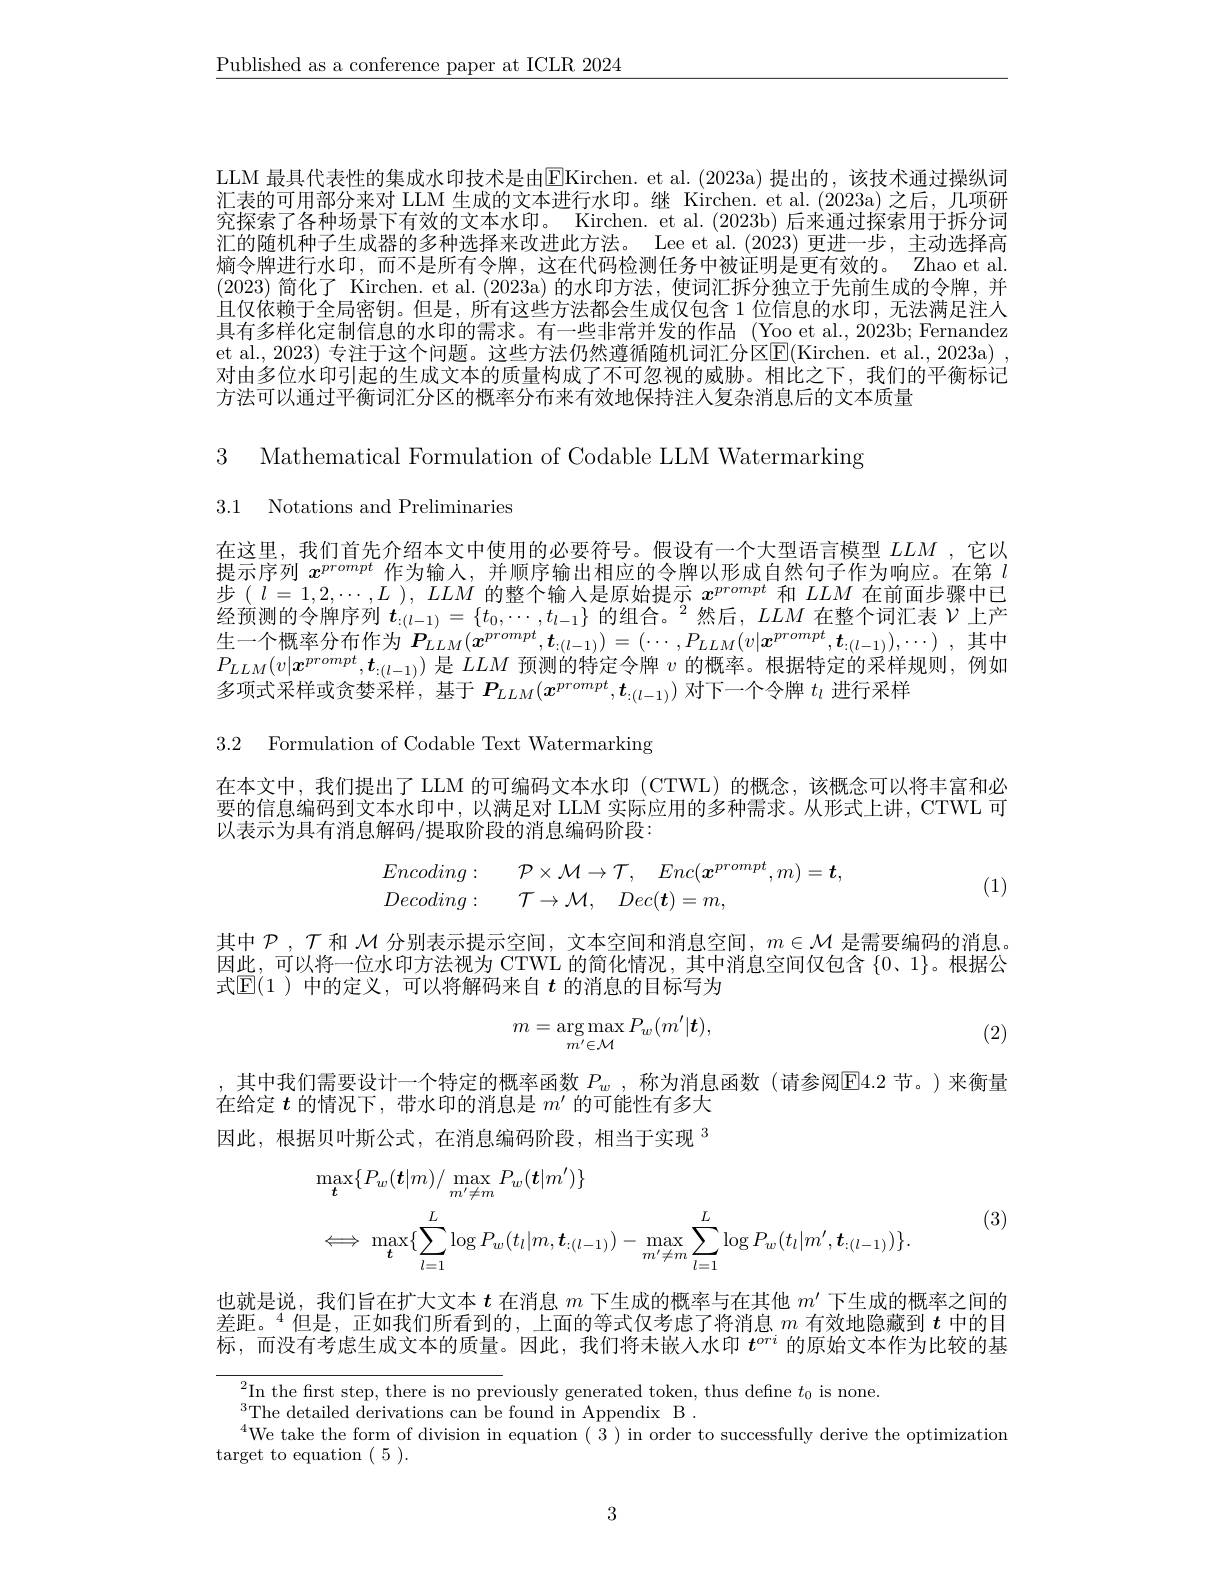
$\underline{\text{Published as a conference paper at ICLR 2024}}$

LLM 最具代表性的集成水印技术是由$\overline{\mathrm{E}}$Kirchen. et al.(2023a)提出的，该技术通过操纵词汇表的可用部分来对 LLM 生成的文本进行水印。继 Kirchen.et al.(2023a)之后，几项研究探索了各种场景下有效的文本水印。Kirchen. et al. (2023b) 后来通过探索用于拆分词汇的随机种子生成器的多种选择来改进此方法。Lee et al.(2023)更进一步，主动选择高熵令牌进行水印，而不是所有令牌，这在代码检测任务中被证明是更有效的。Zhao et al. (2023)简化了 Kirchen. et al.(2023a)的水印方法，使词汇拆分独立于先前生成的令牌，并且仅依赖于全局密钥。但是，所有这些方法都会生成仅包含 1 位信息的水印 ,无法满足注人具有多样化定制信息的水印的需求。有一些非常并发的作品 (Yoo et al.,2023b; Fernandez et al., 2023) 专注于这个问题。这些方法仍然遵循随机词汇分区$\boxed{\mathrm{E}}($Kirchen. et al., 2023a) , 对由多位水印引起的生成文本的质量构成了不可忽视的威胁。相比之下，我们的平衡标记方法可以通过平衡词汇分区的概率分布来有效地保持注入复杂消息后的文本质量

3 Mathematical Formulation of Codable LLM Watermarking

3.1 Notations and Preliminaries

在这里，我们首先介绍本文中使用的必要符号。假设有一个大型语言模型$LLM$ ,它以提示序列$x^{prompt}$作为输人，并顺序输出相应的令牌以形成自然句子作为响应。在第$l$ 步$(l=1,2,\cdots,L),LLM$的整个输入是原始提示 $x^{prompt}$ 和 $LLM$ 在前面步骤中已经预测的令牌序列$t_{:(l-1)}=\{t_0,\cdots,t_{l-1}\}\text{ 的组合。}^2$然后，$LLM$在整个词汇表$\mathcal{V}$上产生一个概率分布作为$P_LLM(\boldsymbol{x}^{prompt},\boldsymbol{t}_{:(l-1)})=(\cdots,P_{LLM}(v|\boldsymbol{x}^{prompt},\boldsymbol{t}_{:(l-1)}),\cdots)$,其中$P_{LLM}(v|x^{prompt},\boldsymbol{t}_{:(l-1)})$是$\dot LLM$预测的特定令牌$v$的概率。根据特定的采样规则，例如多项式采样或贪婪采样，基于$P_{LLM}(\boldsymbol{x}^{prompt},\boldsymbol{t}_{:(l-1)})$对下一个令牌$t_\iota$进行采样

3.2 Formulation of Codable Text Watermarking

在本文中，我们提出了 LLM 的可编码文本水印 (CTWL)的概念，该概念可以将丰富和必要的信息编码到文本水印中，以满足对 LLM 实际应用的多种需求。从形式上讲，CTWL 可以表示为具有消息解码/提取阶段的消息编码阶段：
$$\begin{array}{ll}Encoding:&\quad\mathcal{P}\times\mathcal{M}\to\mathcal{T},\quad Enc(\boldsymbol{x}^{prompt},m)=\boldsymbol{t},\\Decoding:&\quad\mathcal{T}\to\mathcal{M},\quad Dec(\boldsymbol{t})=m,\end{array}$$
(1)

其中$\mathcal{P},\mathcal{T}$和$\mathcal{M}$分别表示提示空间，文本空间和消息空间，$m\in\mathcal{M}$是需要编码的消息。因此，可以将一位水印方法视为 CTWL 的简化情况，其中消息空间仅包含$\{0$、1$\}$。根据公式$\mathbb{E}(1$ )中的定义，可以将解码来自 $t$ 的消息的目标写为
$$m=\underset{m'\in\mathcal{M}}{\arg\max}P_{w}(m'|\boldsymbol{t}),$$
(2)

,其中我们需要设计一个特定的概率函数$P_w$,称为消息函数(请参阅$\boxed{\mathrm{E}}4.2$节。)来衡量
在给定$t$的情况下，带水印的消息是$m^\prime$的可能性有多大因此，根据贝叶斯公式，在消息编码阶段，相当于实现$^{3}$

(3)
$$\begin{aligned}&\max_{\boldsymbol{t}}\{P_{w}(\boldsymbol{t}|m)/\max_{m^{\prime}\neq m}P_{w}(\boldsymbol{t}|m^{\prime})\}\\&\Longleftrightarrow\max_{\boldsymbol{t}}\{\sum_{l=1}^{L}\log P_{w}(t_{l}|m,\boldsymbol{t}_{:(l-1)})-\max_{m^{\prime}\neq m}\sum_{l=1}^{L}\log P_{w}(t_{l}|m^{\prime},\boldsymbol{t}_{:(l-1)})\}.\end{aligned}$$
也就是说，我们旨在扩大文本$t$在消息$m$下生成的概率与在其他$m^{\prime}$下生成的概率之间的差距。$^{4}$但是，正如我们所看到的，上面的等式仅考虑了将消息$m$有效地隐藏到$t$中的目标，而没有考虑生成文本的质量。因此，我们将未嵌人水印$t^{ori}$的原始文本作为比较的基

$^{2}$In the frst step, there is no previously generated token, thus define $t_0$ is none.
$^{3}$The detailed derivations can be found in Appendix B$^{\prime}.$
$^{4}$We take the form of division in equation (3) in order to successfully derive the optimization
target to equation (5).

3